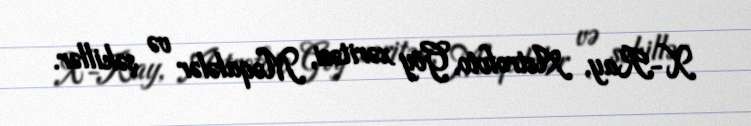
X-Ray, Astrofoto, Göy xəritəsi, Məqalələr və şəkillər.